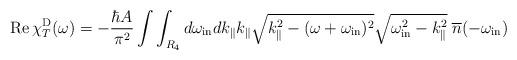
LaTeX: \begin{align*}{\rm Re}\, \chi^{\rm D}_T(\omega)=-\frac{\hbar A}{\pi^2}\int\int_{R_4} d\omega_{\rm in} dk_{\|} k_{\|} \sqrt{k_{\|}^2-(\omega+\omega_{\rm in})^2}\sqrt{\omega_{\rm in}^2-k_{\|}^2}\; {\overline n}(-\omega_{\rm in})\end{align*}